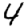
Digit: 4